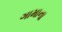
ગામાના